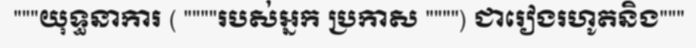
"""យុទ្ធនាការ ( """"របស់អ្នក ប្រកាស """") ជារៀងរហូតនិង"""